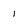
Character: 1